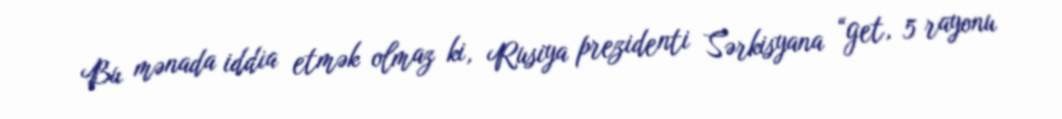
Bu mənada iddia etmək olmaz ki, Rusiya prezidenti Sərkisyana “get, 5 rayonu